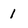
Character: 1